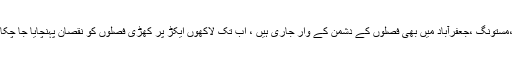
قلات،مستونگ ،جعفرآباد میں بھی فصلوں کے دشمن کے وار جاری ہیں ، اب تک لاکھوں ایکڑ پر کھڑی فصلوں کو نقصان پہنچایا جا چکا ہے ۔